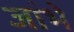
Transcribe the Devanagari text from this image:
जांभे